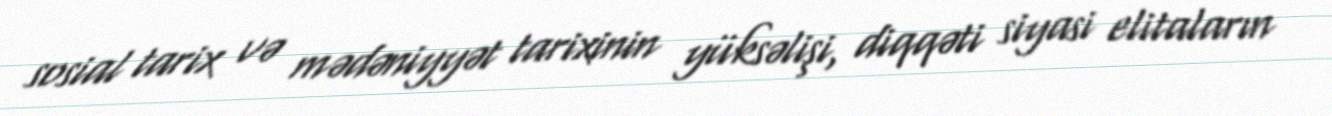
sosial tarix və mədəniyyət tarixinin yüksəlişi, diqqəti siyasi elitaların